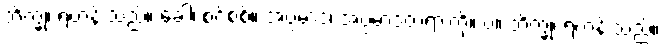
ဘိက္ခု၊ ရဟန်းသည်။ ခေါ၊ စင်စစ်။ အပ္ပမာဒံ၊ အပ္ပမာဒတရားကို။ ပ။ ဘိက္ခု၊ ရဟန်းသည်။